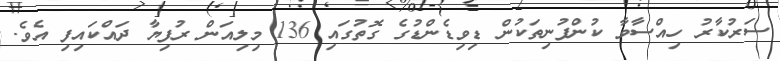
ސަރުކާރު ހިއްސާވާ ކުންފުނިތަކުން ޑިވިޑެންޑުގެ ގޮތުގައި 136 މިލިއަން ރުފިޔާ ދައްކައިފި އެވެ.